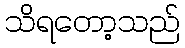
သိရတော့သည်